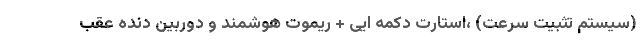
(سیستم تثبیت سرعت) ،استارت دکمه ایی + ریموت هوشمند و دوربین دنده عقب